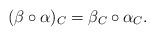
LaTeX: \begin{align*}(\beta\circ\alpha)_C=\beta_C\circ\alpha_C.\end{align*}